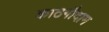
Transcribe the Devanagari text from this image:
काठगौदाम